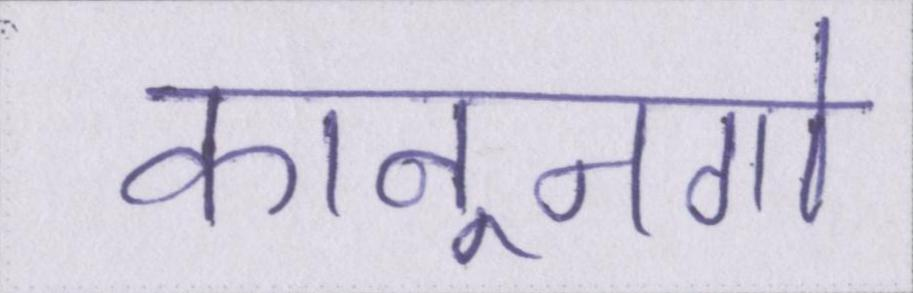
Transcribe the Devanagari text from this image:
कानूनगो